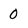
Character: 0